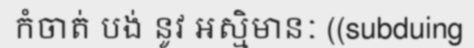
កំចាត់ បង់ នូវ អស្មិមានៈ ((subduing